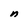
Character: n